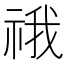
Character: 䄉